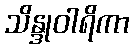
သိန္ဒုဝါရိကာ